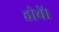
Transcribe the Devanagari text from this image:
होवें।